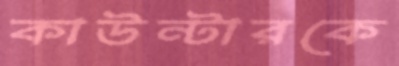
কাউন্টারকে